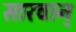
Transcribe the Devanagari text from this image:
सारवान्‌